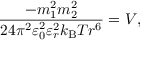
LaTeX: { \frac { - m _ { 1 } ^ { 2 } m _ { 2 } ^ { 2 } } { 2 4 \pi ^ { 2 } \varepsilon _ { 0 } ^ { 2 } \varepsilon _ { r } ^ { 2 } k _ { \mathrm { B } } T r ^ { 6 } } } = V ,